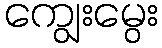
ကျွေးမွေး